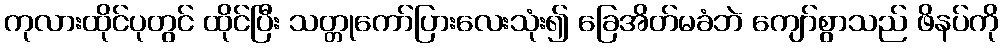
ကုလားထိုင်ပုတွင် ထိုင်ပြီး သတ္တုကော်ပြားလေးသုံး၍ ခြေအိတ်မခံဘဲ ကျော်စွာသည် ဖိနပ်ကို